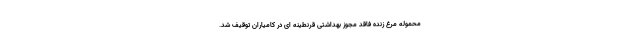
محموله مرغ زنده فاقد مجوز بهداشتی قرنطینه ای در کامیاران توقیف شد.